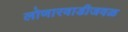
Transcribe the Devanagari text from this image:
लोणारवाडीजवळ